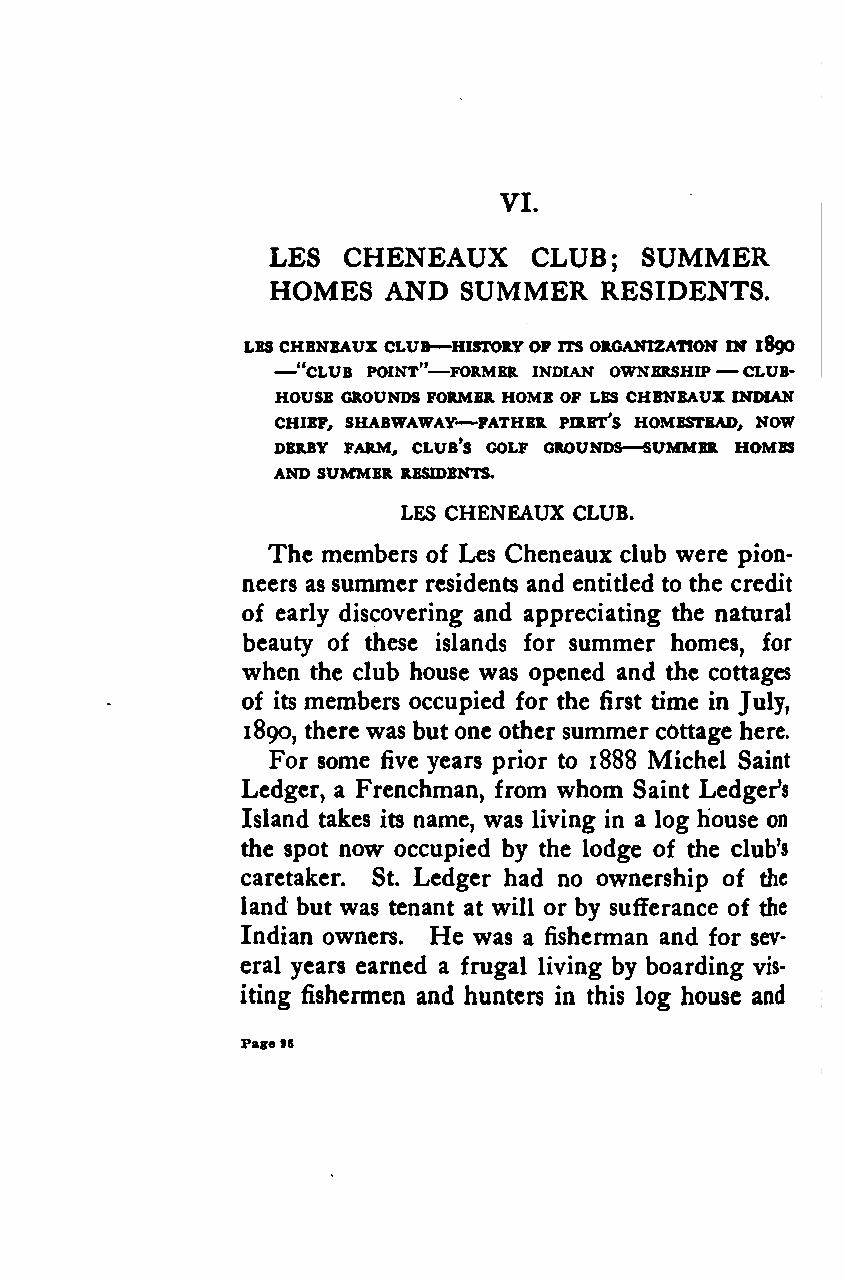
VI.
 LES  CHENEAUX    CLUB;  SUMMER
 HOMES  AND  SUMMER    RESIDENTS.
 —
 LBS—CHENEAUX CLUB HISTORYOF ITS ORGANIZATION IN 189O
 —
 "CLUB POINT" FORMER INDIAN OWNERSHIP CLUB-
 HOUSE GROUNDS FORMER HOME OF LES CHENEAUX INDIAN
 —
 CHIEF, SHABWAWAY FATHER PIRET's HOMESTEAD, NOW
 —
 DERBY FARM, CLUB'S GOLF GROUNDS SUMMER HOMES
 AND SUMMER RESIDENTS.
 LES CHENEAUX CLUB.
 The members of Les Cheneaux club were pion-
 neers as summer residents and entitled to the credit
 of early discovering and appreciating the natural
 beauty of these islands for summer homes, for
 when the club house was opened and the cottages
 of its members occupied for the first time in July,
 1890, there was butone other summer cottage here.
 For some five years prior to 1888 Michel Saint
 Ledger, a Frenchman, from whom Saint Ledger's
 Island takes its name, was living in a log house on
 the spot now occupied by the lodge of the club's
 caretaker. St. Ledger had no ownership of the
 land but was tenant at will or by sufferance of the
 Indian owners. He was a fisherman and for sev-
 eral years earned a frugal living by boarding vis-
 iting fishermen and hunters in this log house and
 Page96
 Google
 Digitizedby